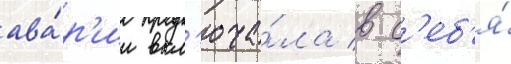
ава́р'ии вкл'юча́ла в с'еб'я́